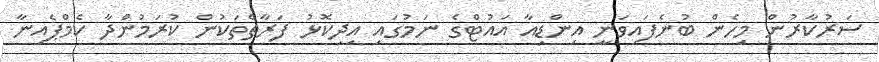
ސަރުކާރުން މިހެން ބުނެފައިވަނީ އިންޑިއާ އައުޓްގެ ނަމުގައި އިދިކޮޅު ފަރާތްތަކުން ކުރަމުންދާ ކެމްޕެއިނާ